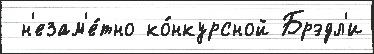
 н'езам'е́тно ко́нкурсной Брэдл'и